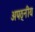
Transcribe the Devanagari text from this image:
अपठ्नीय